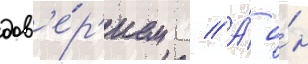
дов'е́р'ием // А́ о́н